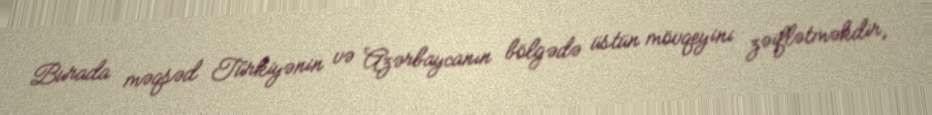
Burada məqsəd Türkiyənin və Azərbaycanın bölgədə üstün mövqeyini zəiflətməkdir,